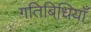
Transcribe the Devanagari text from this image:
गतिबिधियाँ